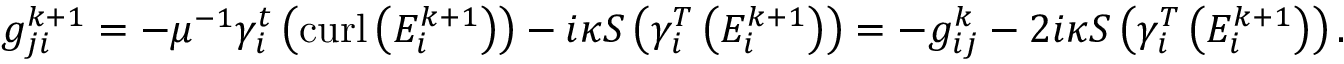
\begin{array} { r } { g _ { j i } ^ { k + 1 } = - \mu ^ { - 1 } \gamma _ { i } ^ { t } \left( \operatorname { c u r l } \left( E _ { i } ^ { k + 1 } \right) \right) - i \kappa S \left( \gamma _ { i } ^ { T } \left( E _ { i } ^ { k + 1 } \right) \right) = - g _ { i j } ^ { k } - 2 i \kappa S \left( \gamma _ { i } ^ { T } \left( E _ { i } ^ { k + 1 } \right) \right) . } \end{array}